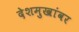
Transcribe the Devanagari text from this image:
देशमुखांवर